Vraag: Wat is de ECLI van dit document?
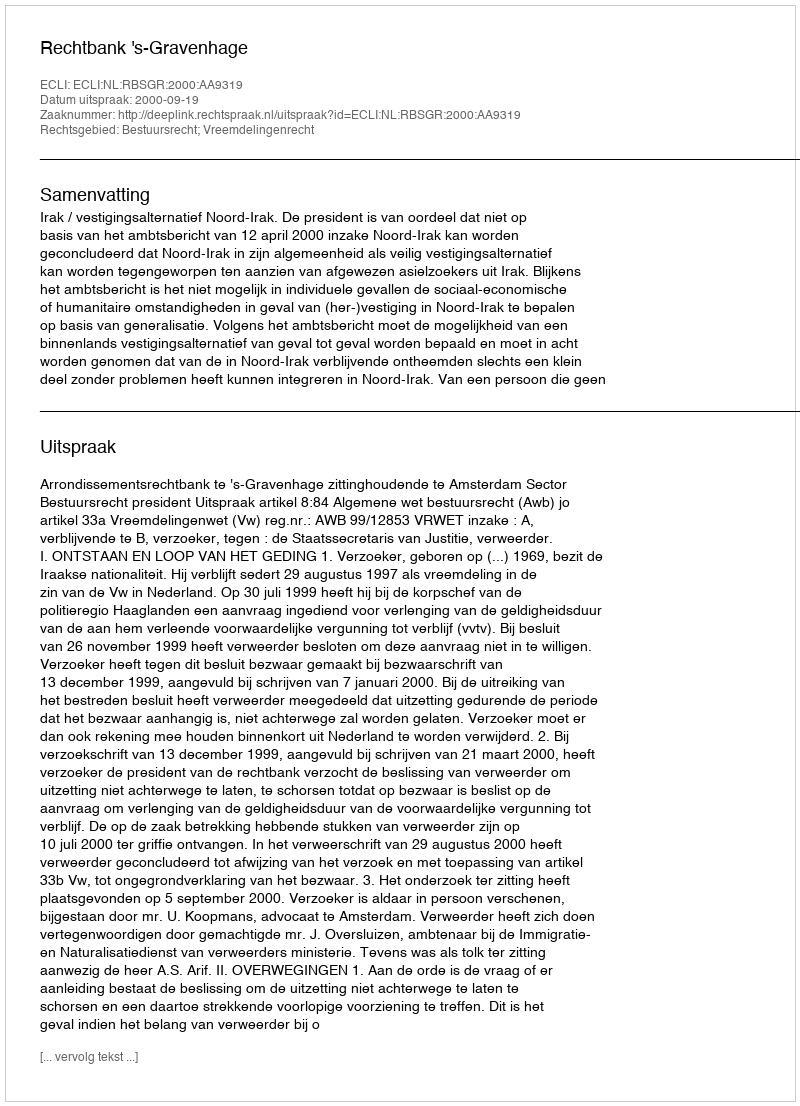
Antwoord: ECLI:NL:RBSGR:2000:AA9319